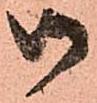
御